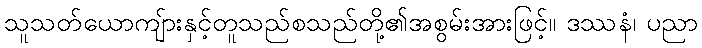
သူသတ်ယောကျ်ားနှင့်တူသည်စသည်တို့၏အစွမ်းအားဖြင့်။ ဒဿနံ၊ ပညာ